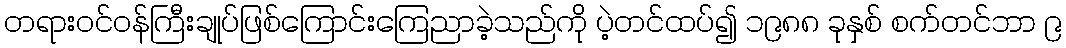
တရားဝင်ဝန်ကြီးချုပ်ဖြစ်ကြောင်းကြေညာခဲ့သည်ကို ပဲ့တင်ထပ်၍ ၁၉၈၈ ခုနှစ် စက်တင်ဘာ ၉